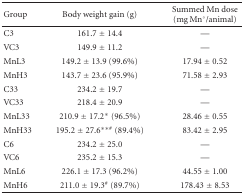
| Group | Body weight gain (g) | Summed Mn dose (mg Mn°/animal) |
 | --- | --- | --- |
 | C3 | 161.7 ± 14.4 | — |
 | VC3 | 149.9 ± 11.2 | — |
 | MnL3 | 149.2 ± 13.9 (99.6%) | 17.94 ± 0.52 |
 | MnH3 | 143.7 ± 23.6 (95.9%) | 71.58 ± 2.93 |
 | C33 | 234.2 ± 19.7 | — |
 | VC33 | 218.4 ± 20.9 | — |
 | MnL33 | 210.9 ± 17.2* (96.5%) | 28.46 ± 0.55 |
 | MnH33 | 195.2 ± 27.6∗∗# (89.4%) | 83.42 ± 2.95 |
 | C6 | 234.2 ± 25.0 | — |
 | VC6 | 235.2 ± 15.3 | — |
 | MnL6 | 226.1 ± 17.3 (96.2%) | 44.55 ± 1.00 |
 | MnH6 | 211.0 ± 19.3# (89.7%) | 178.43 ± 8.53 |